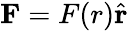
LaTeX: \mathbf{F}=F(r){\hat{\mathbf{r}}}